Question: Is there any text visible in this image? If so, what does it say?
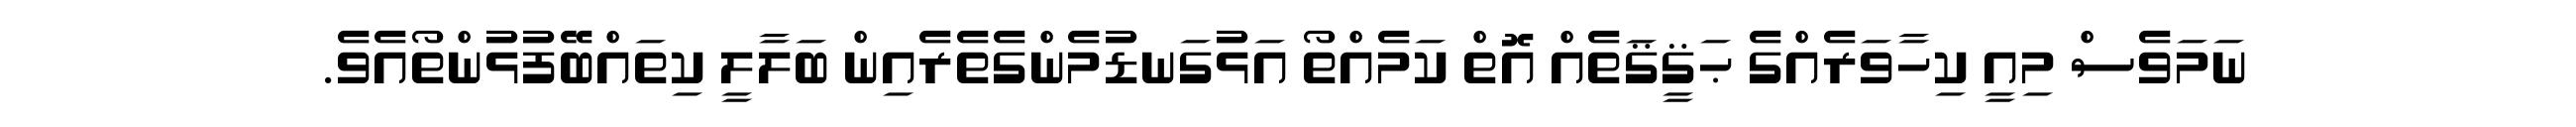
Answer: ނަމަވެސް މިއީ ކިހާވަރެއްގެ ޙަޤީޤަތެއް އޮތް ކަމެއްތޯ އަޅުގަނޑުމެންގެތެރެއިން ބަލާލީ ކިތައްބޭފުޅުންތޯއެވެ.